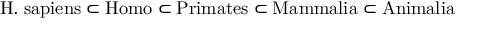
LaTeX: { \mathrm { H . ~ s a p i e n s } } \subset { \mathrm { H o m o } } \subset { \mathrm { P r i m a t e s } } \subset { \mathrm { M a m m a l i a } } \subset { \mathrm { A n i m a l i a } }